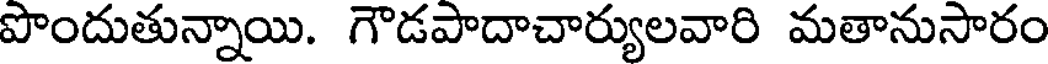
పొందుతున్నాయి. గౌడపాదాచార్యులవారి మతానుసారం